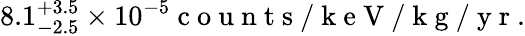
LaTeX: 8.1_{-2.5}^{+3.5}\times 10^{-5}\mathrm{~c~o~u~n~t~s~/~k~e~V~/~k~g~/~y~r~}.